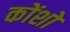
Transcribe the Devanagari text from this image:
कोंशों